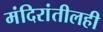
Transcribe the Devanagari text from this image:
मंदिरांतीलही